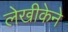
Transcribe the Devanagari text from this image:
लेखीकेने